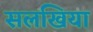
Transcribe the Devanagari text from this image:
सलखिया